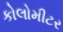
કોલોમીટર